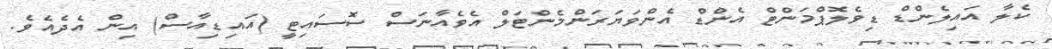
ކެލާ އައިލެންޑް ޑިވެލޮޕްމަންޓް އެންޑް އެންވަޔަރަންމެންޓަލް އެވެއާނަސް ސޮސައިޓީ (އައިޑިއާސް) އިން އެދެއެވެ.